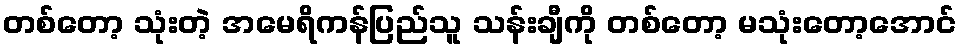
တစ်တော့ သုံးတဲ့ အမေရိကန်ပြည်သူ သန်းချီကို တစ်တော့ မသုံးတော့အောင်